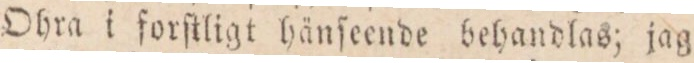
Ohra i fortſkligt hänſeende behandlas; jag